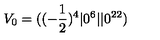
V _ { 0 } = ( ( - { \frac { 1 } { 2 } } ) ^ { 4 } \vert 0 ^ { 6 } \vert \vert 0 ^ { 2 2 } )